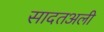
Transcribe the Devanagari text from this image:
सादतअली